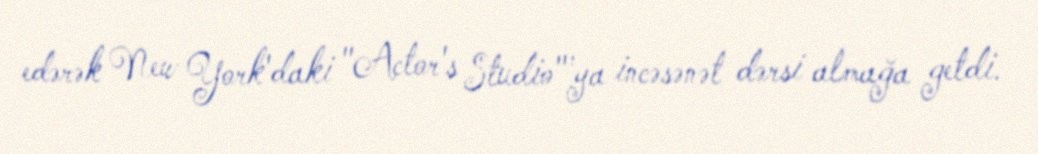
edərək New York'daki "Actor's Studio"'ya incəsənət dərsi almağa getdi.